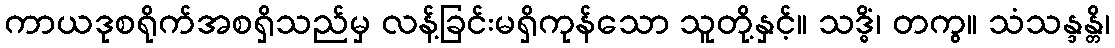
ကာယဒုစရိုက်အစရှိသည်မှ လန့်ခြင်းမရှိကုန်သော သူတို့နှင့်။ သဒ္ဓိံ၊ တကွ။ သံသန္ဒန္တိ၊